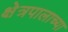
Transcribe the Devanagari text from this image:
क्षेत्रपालाच्या